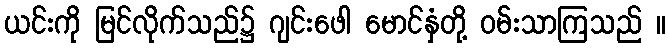
ယင်းကို မြင်လိုက်သည်၌ ဂျင်းဖေါ မောင်နှံတို့ ဝမ်းသာကြသည် ။